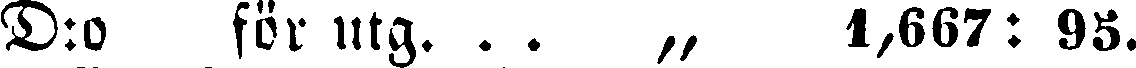
D:o för utg. . . „ 1,667:95.